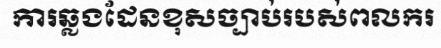
ការឆ្លងដែនខុសច្បាប់របស់ពលករ